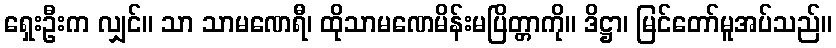
ရှေးဦးက လျှင်။ သာ သာမဏေရီ၊ ထိုသာမဏေမိန်းမပြိတ္တာကို။ ဒိဋ္ဌာ၊ မြင်တော်မူအပ်သည်။